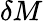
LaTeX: \delta M